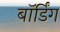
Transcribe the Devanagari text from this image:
बाॅर्डिंग